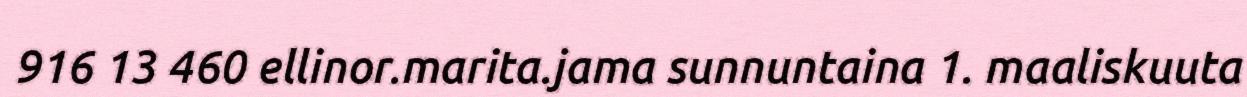
916 13 460 ellinor.marita.jama sunnuntaina 1. maaliskuuta